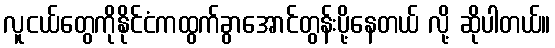
လူငယ်တွေကိုနိုင်ငံကထွက်ခွာအောင်တွန်းပို့နေတယ် လို့ ဆိုပါတယ်။